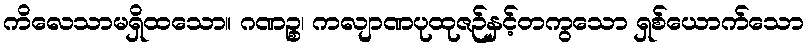
ကိလေသာမရှိထသော။ ဂဏဉ္စ၊ ကလျာဏပုထုဇဉ်နှင့်တကွသော ရှစ်ယောက်သော